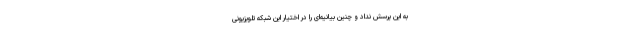
به این پرسش نداد و چنین بیانیه‌ای را در اختیار این شبکه تلویزیونی